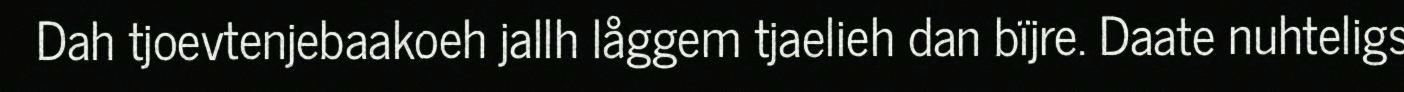
Dah tjoevtenjebaakoeh jallh låggem tjaelieh dan bïjre. Daate nuhteligs